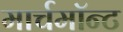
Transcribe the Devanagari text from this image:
मार्चमाॅन्ट